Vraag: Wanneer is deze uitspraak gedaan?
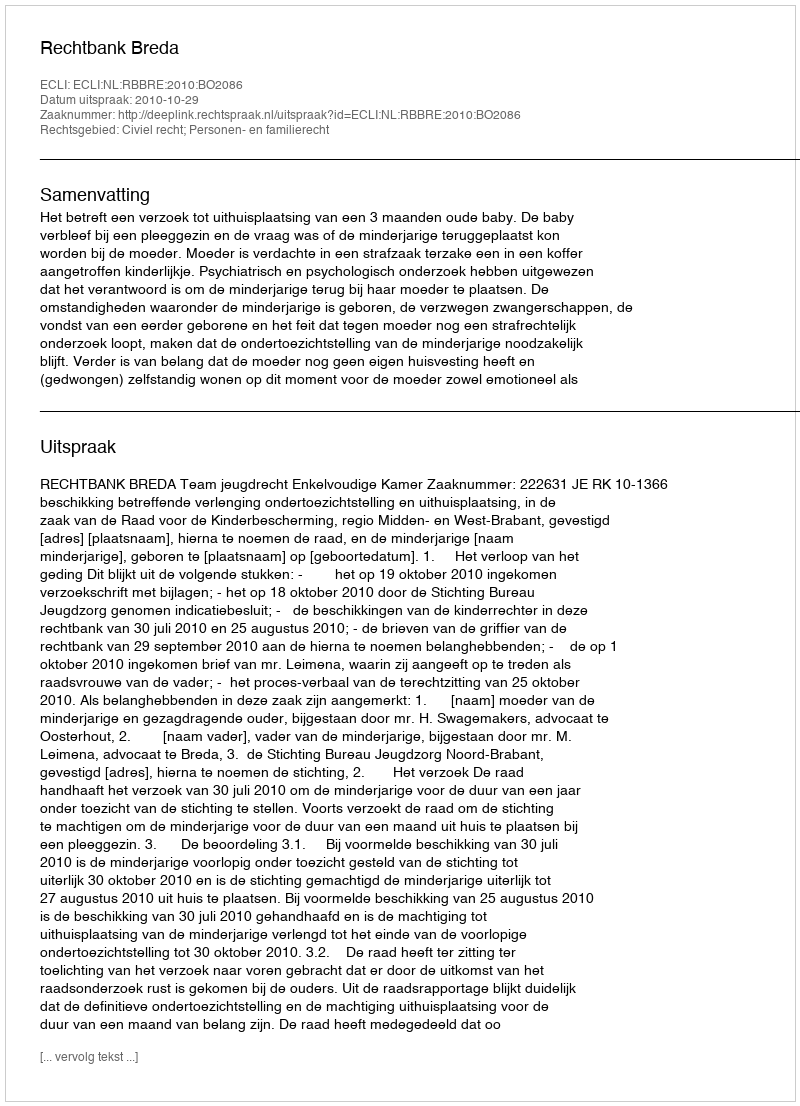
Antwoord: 2010-10-29